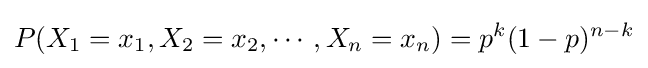
P(X_{1}=x_{1},X_{2}=x_{2},\cdots ,X_{n}=x_{n})=p^{k}(1-p)^{n-k}